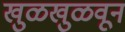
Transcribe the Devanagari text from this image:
खुळखुळवून